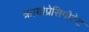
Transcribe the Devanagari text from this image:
क्रायोप्रेसिपीटेट